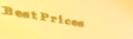
BestPrices